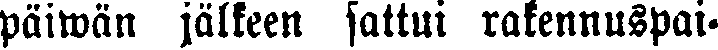
päiwän jälkeen sattui rakennuspai-